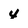
Character: 4